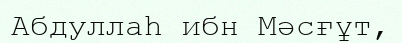
Абдуллаһ ибн Мәсғұт,